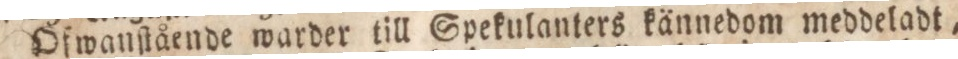
Ofwanſtående warder till Spekulanters kannedom meddeladt,